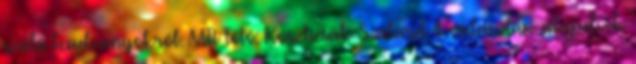
szóló beadványokról. MTI Fotó: Koszticsák Szilárd A választási alapelvek